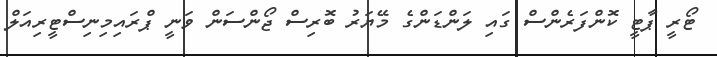
ޓޯރީ ޕާޓީ ކޮންފަރެންސް ގައި ލަންޑަންގެ މޭޔަރު ބޮރިސް ޖޯންސަން ވަނީ ޕްރައިމިނިސްޓީރިއަލް